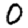
Digit: 0